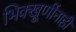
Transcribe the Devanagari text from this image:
भिक्खूणींनाही